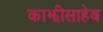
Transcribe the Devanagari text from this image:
काझीसाहेब